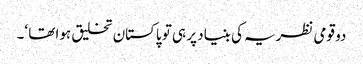
دو قومی نظریہ کی بنیاد پر ہی تو پاکستان تخلیق ہوا تھا ‘۔